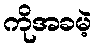
ကိုအခမဲ့